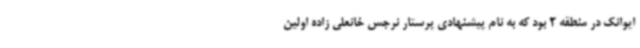
ایوانک در منطقه 2 بود که به نام پیشنهادی پرستار نرجس خانعلی زاده اولین